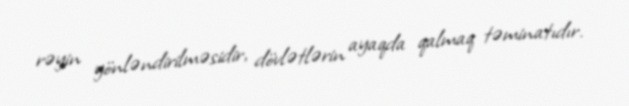
rəyin yönləndirilməsidir, dövlətlərin ayaqda qalmaq təminatıdır.